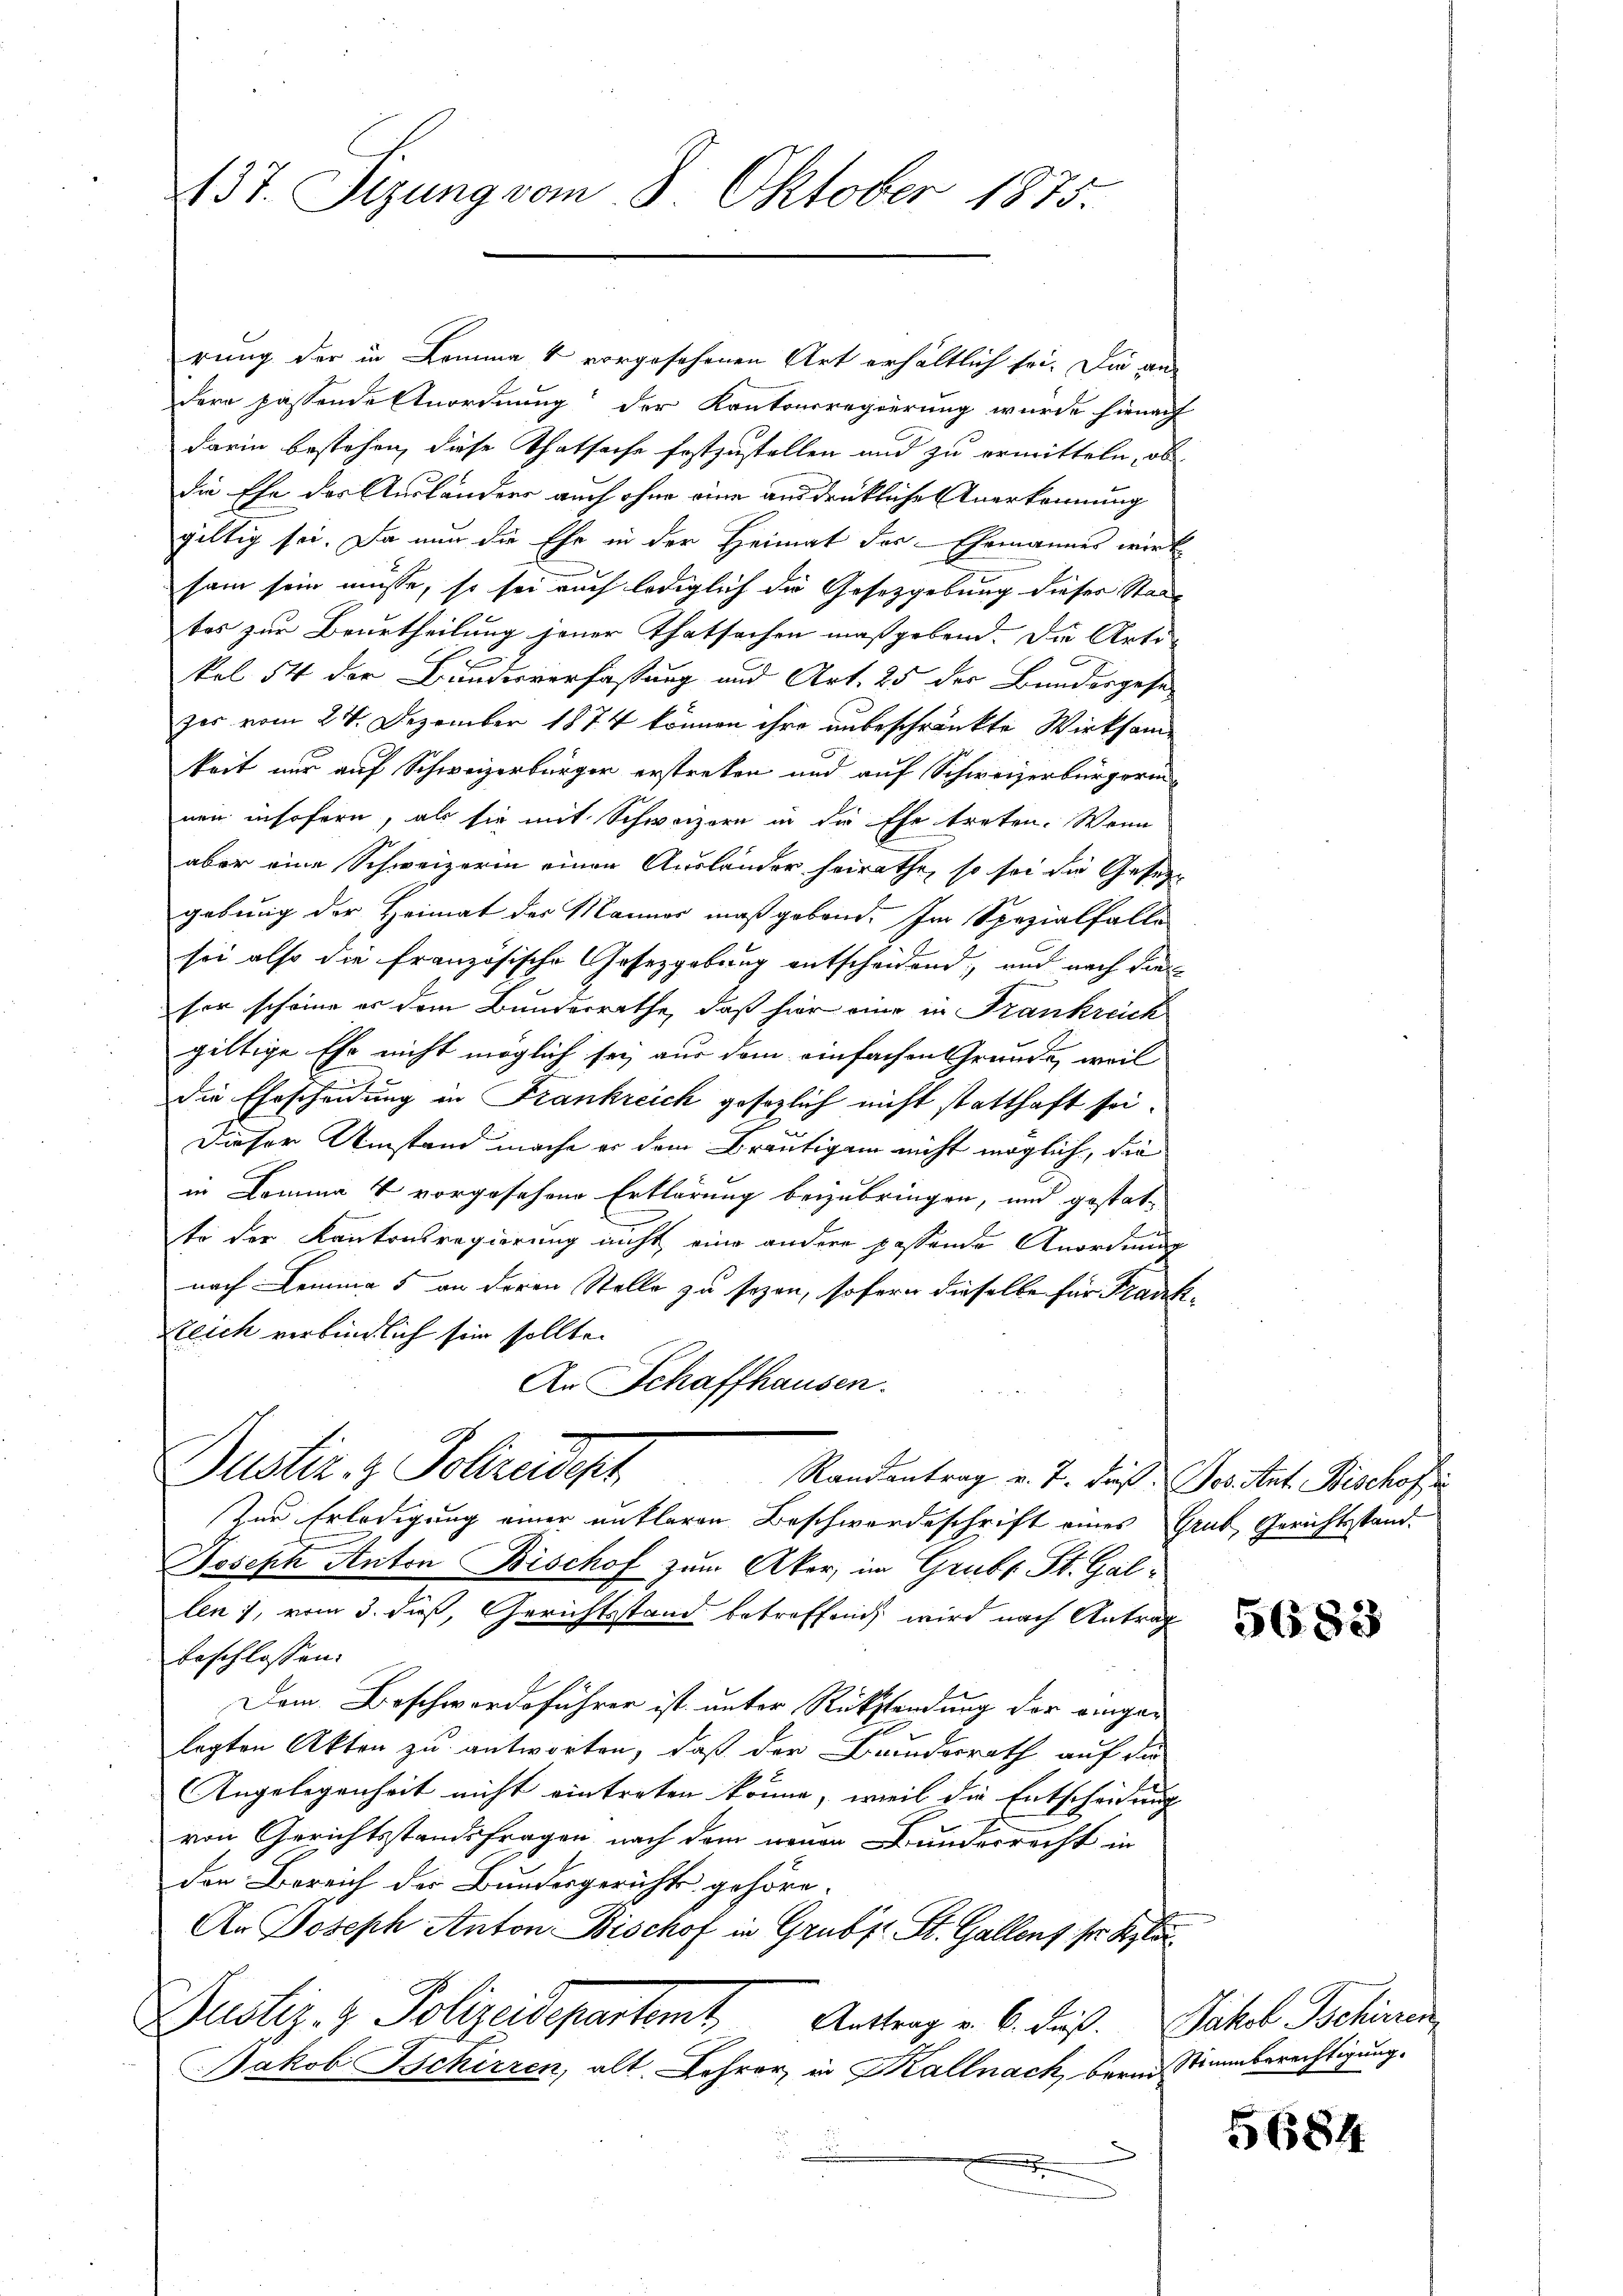
137. Sizung vom 8. Oktober 1875.

rung der in Lemma 1 vorgesehenen Art erhältlich sei. Die andere passende Anordnung der Kantonsregierung wurde hienach
darin bestehen, diese Thatsache festzustellen und zu ermitteln, ob
die Ehe des Ausländers auch ohne eine ausdrükliche Anerkennung
gültig sei. Da nun die Ehe in der Heimat der Ehemannes wirk
sam sein müsse, so sei auch lediglich die Gesetzgebung dieser Staate
tes zur Beurtheilung jener Thatsachen maßgebend. Die Artikel 54 der Bundesverfassung und Art. 25 der Bundesgese
zer vom 24. Dezember 1874 können ihre unbeschränkte Wirksamkeit nur auf Schweizerbürger erstreken und auf Schweizerbürgerin
nen insofern, als sie mit Schweizern in die Ehe treten. Wenn
aber eine Schweizerin einen Ausländer heirathe, so sei die Gesetz
gebung der Heimat der Männer maßgebend. Im Spezialfalle
sei also die französische Gesetzgebung entscheidend, und nach den
ser scheine er dem Bundesrathe, daß hier eine in Frankreich
giltige Ehr nicht möglich sei, aus dem einfachen Grunde, weil
die Ehrscheidung in Frankreich gesezlich nicht statthaft sei.
Dieser Umstand mache er dem Bräutigam nicht möglich, die
in Komma 4 vorgesehene Erklärung beizubringen, und gestat-
to der Kantonsregierung nicht eine andere passende Anordnung
nach Lemma 5 an deren Stelle zu sezen, sofern dieselbe für Frank¬
Reich verbindlich sein sollte.
An Schaffhausen.
Justiz- & Polizeideph Randentrag v. J. die Servitut. Kirches
Zur Erledigung einer unklaren Beschwordeschrift eines Grub, Gerichtsstand-
Joseph Anton Bischof zum Aker, im Grubs St. Gallen), vom 3. daß, Gerichtsstand betreffend wird nach Antrag
beschlossen:
Dem Beschwerdeführer ist unter Rückstendung der einger
legten Akten zu antworten, daß der Bunderrath auf die
Angelegenheit nicht eintreten könne, weil die Entscheidung
von Gerichtsstandsfragen nach dem neuen Fundesrecht in
den Bereich der Bundesgericht gehöre.
An Joseph Anton Bischof in Grubel St. Gallens ser Klar
Justiz- & Polizeidepartamt Antrag v. 6. dieß Jakob Schinein
Jakob Schirren, alt Lehrer in Kallnach bern Stimmberechtigung.
e

5683

5684